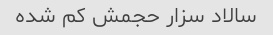
سالاد سزار حجمش کم شده